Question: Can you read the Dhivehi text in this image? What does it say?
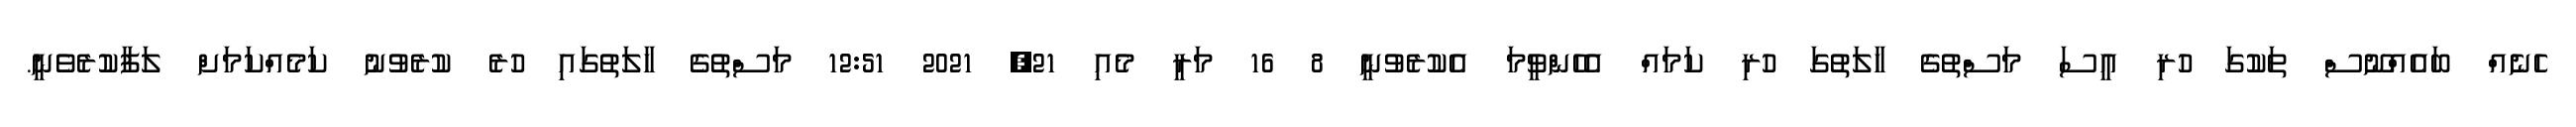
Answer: ހެނެއް ބައެއްނޫސް ތަކުގަ ހުރި އީސަ މަސްތުގެ ހާލަތުގަ ހުރި ކަމައް އެހެންވީމަ އެކުރެވުނީ 8 16 މަރީ މެއި 21, 2021 12:51 މަސްތުގެ ހާލަތުގައި ހުރެ ކުރެވުނު ކަމެއްކަމަށް ލަފާކުރެވެނީ.